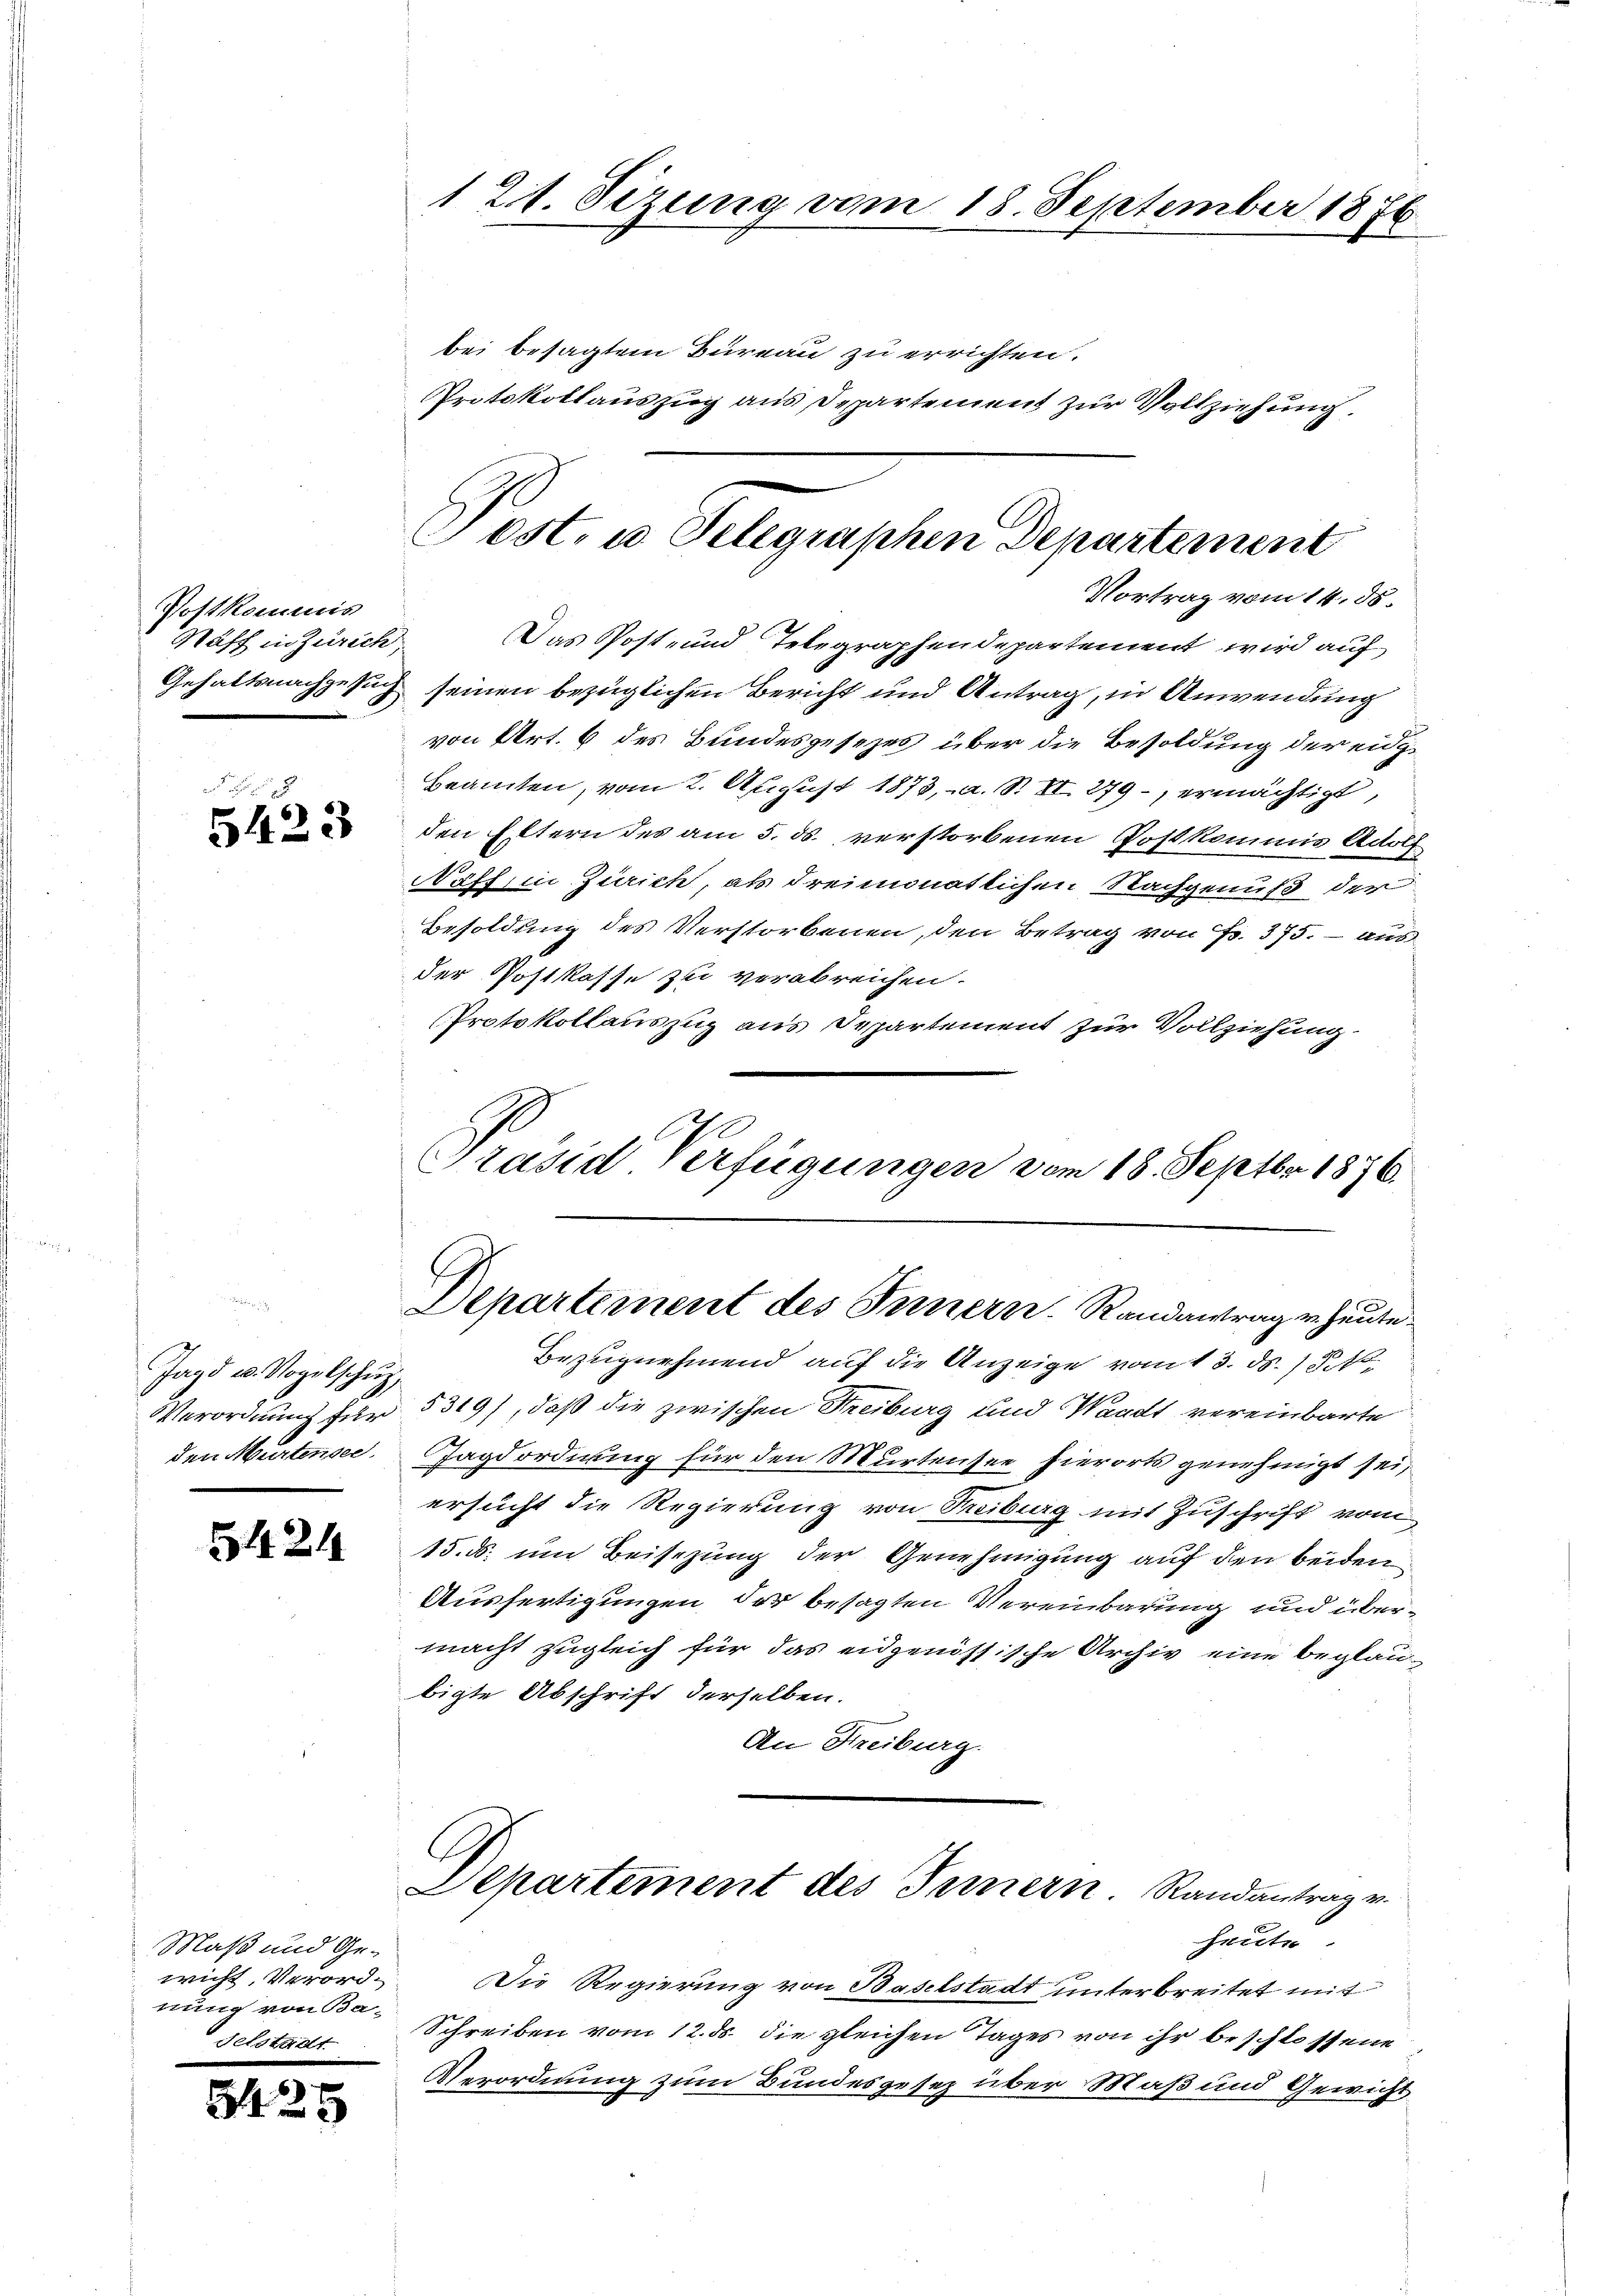
Postkommis
Näff in Zürich,

5423

Jagd u. Vogelschuz,

5424

Maß und Gewicht, Verordnung von Ba-
selstadt.

8425

121. Sizung vom 18. September 1876
bei besagtem Büreau zu errichten.
Protokollauszug aus Departement zur Vollziehung.

ost. u. Telegraphen Departement
Vortrag vom 14. ds.

Das Post- und Telegraphendepartement wird auf
Gehaltsnachgesuch seinen bezüglichen Bericht und Antrag, in Anwendung
von Art. 6 des Bundesgesezes über die Besoldung der eidgbeamten, vom 2. August 1873, a. S. VI. 279 - ermächtige
den Eltern des am 5. ds. verstorbenen Postkommis Adolf
Näffein Zürich, als dreimonatlichen Nachgenuß der
Besoldung des Verstorbenen, den Betrag von Fr. 375. – aus
der Postkasse zu verabreichen.
Protokollauszug aus Departement zur Vollziehung.
Präsid Verfügungen vom 18. Septbr. 1876.

Departement des Innern. Randantrag v. heute

Bezugnehmend auf die Anzeige vom 13. ds. 3. No
Verordnung für 5319), daß die zwischen Freiburg und Waadt vereinbarte
den Murtensee, Jagdordnung für den Murtensee hierorts genehmigt sei,
ersucht die Regierung von Reibung mit Zuschrift vom
15. ds. um Beisezung der Genehmigung auf den beiden
Ausfertigungen der besagten Vereinbarung und übermacht zugleich für das eidgenössische Archiv eine beglaubigte Abschrift derselben.
An Freiburg.

C
Departement des Innern. Randantrag v.

Heute
Die Regierung von Baselstadt unterbreitet mit
Schreiben vom 12. ds. die gleichen Tages von ihr beschlossene
Verordnung zum Bundesgesez über Maß und Gewicht